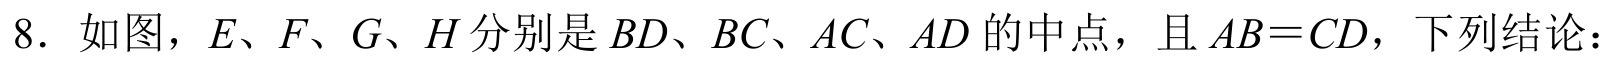
8. 如图，\(E、F、G、H\) 分别是 \(BD、BC、AC、AD\) 的中点，且 \(AB = CD\)，下列结论：